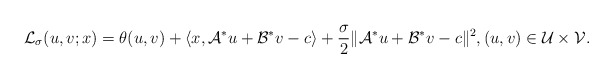
\begin{align*}\mathcal{L}_\sigma(u,v;x) = \theta(u,v) + \langle x, \mathcal{A}^*u + \mathcal{B}^*v - c\rangle +\frac{\sigma}{2}\|\mathcal{A}^*u + \mathcal{B}^*v -c\|^2, (u,v)\in\mathcal{U}\times\mathcal{V}.\end{align*}